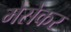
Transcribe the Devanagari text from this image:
मेसेकर